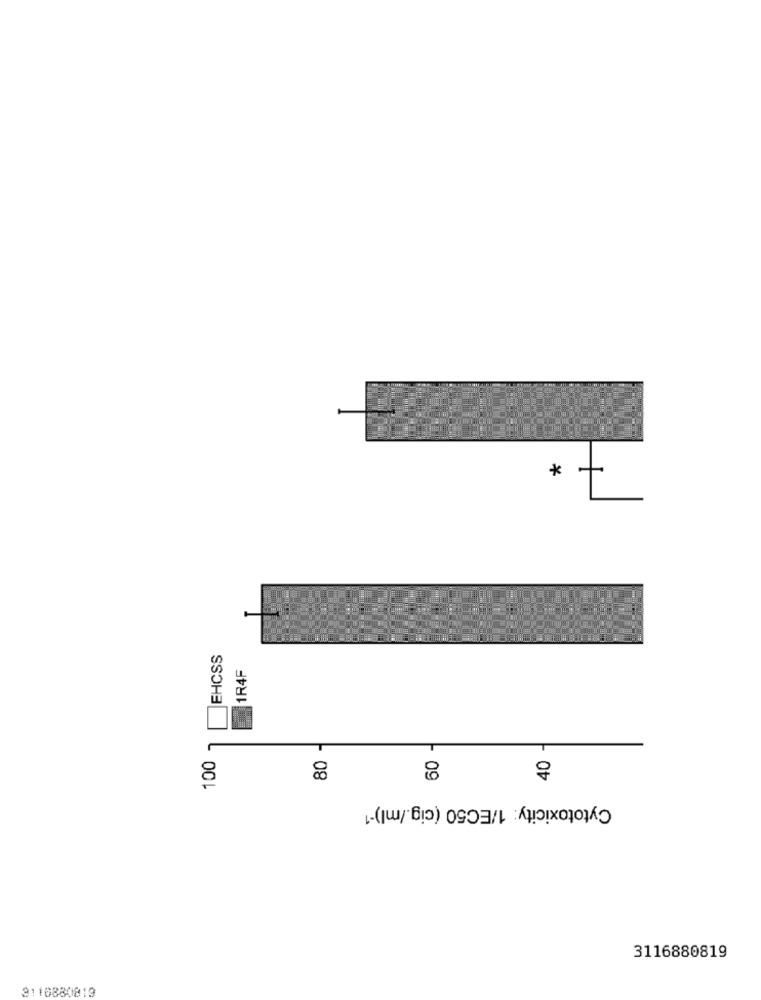
*
EHCSS
1R4F
100
80
60
40
Cytotoxicity: 1/EC50 (cig./ml)-1
3116880819
3110880819